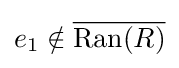
e_{1}\notin {\overline {\mathrm {Ran} (R)}}